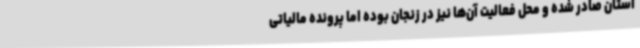
استان صادر شده و محل فعالیت آن‌ها نیز در زنجان بوده اما پرونده مالیاتی